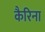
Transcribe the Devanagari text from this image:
कैरिना